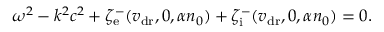
\begin{array} { r } { \omega ^ { 2 } - k ^ { 2 } c ^ { 2 } + \zeta _ { \mathrm { e } } ^ { - } ( v _ { \mathrm { d r } } , 0 , \alpha n _ { 0 } ) + \zeta _ { \mathrm { i } } ^ { - } ( v _ { \mathrm { d r } } , 0 , \alpha n _ { 0 } ) = 0 . } \end{array}